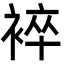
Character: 䘹